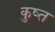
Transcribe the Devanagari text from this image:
कुष्त